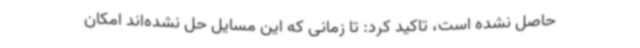
حاصل نشده است، تاکید کرد: تا زمانی که این مسایل حل نشده‌اند امکان